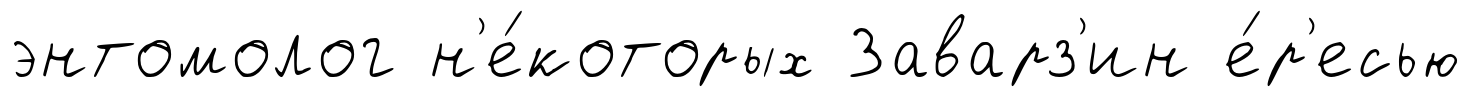
энтомолог н'е́которых Заварз'ин е́р'есью